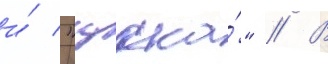
и́ "цска́" // В